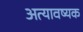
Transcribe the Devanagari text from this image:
अत्यावष्यक